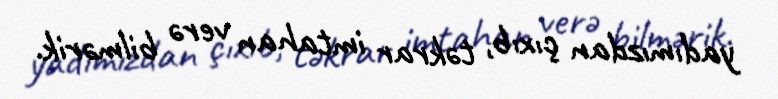
yadımızdan çıxıb, təkrar imtahan verə bilmərik.